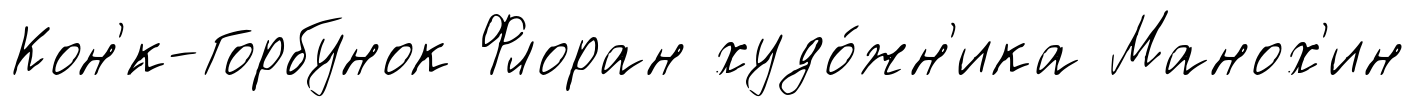
Кон'́к-Горбунок Флоран худо́жн'ика Манох'ин